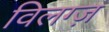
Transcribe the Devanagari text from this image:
विलग्ज़